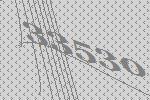
33530